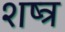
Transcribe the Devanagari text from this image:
शष्त्र